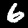
Digit: 6